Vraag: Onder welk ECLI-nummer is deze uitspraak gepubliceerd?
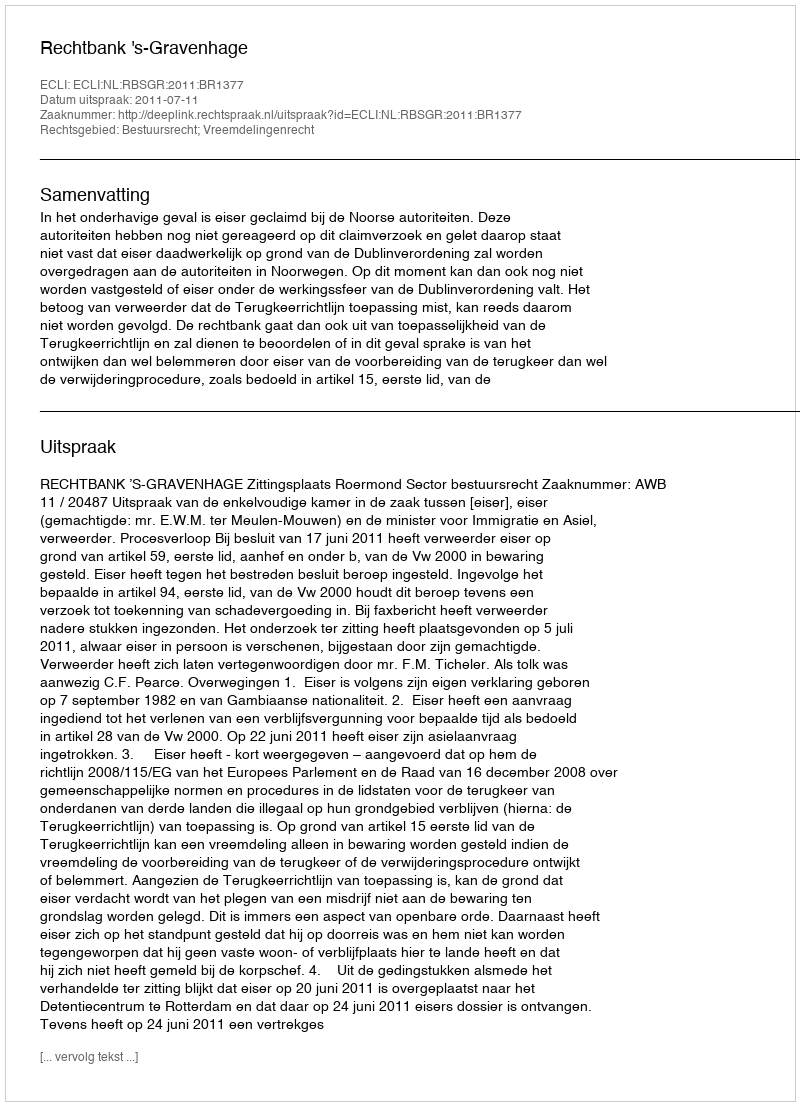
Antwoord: ECLI:NL:RBSGR:2011:BR1377